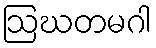
ဩဃတမဂါ